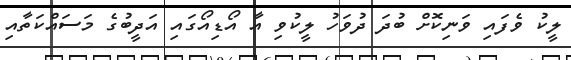
ލީކު ވެފައި ވަނިކޮށް ބުދަ ދުވަހު ލީކުވި އާ އޯޑިއޯގައި އަދީބުގެ މަސައްކަތާއި